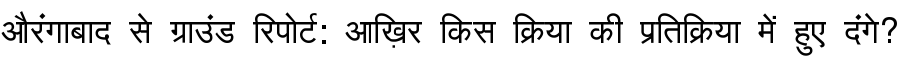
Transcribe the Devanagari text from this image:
औरंगाबाद से ग्राउंड रिपोर्ट: आख़िर किस क्रिया की प्रतिक्रिया में हुए दंगे?